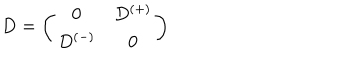
LaTeX: D = \left( \begin{array} { c c } { { 0 } } & { { D ^ { ( + ) } } } \\ { { D ^ { ( - ) } } } & { { 0 } } \\ \end{array} \right)